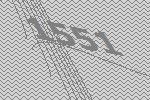
1551